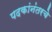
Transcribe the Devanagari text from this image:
पदकांनंतरचे